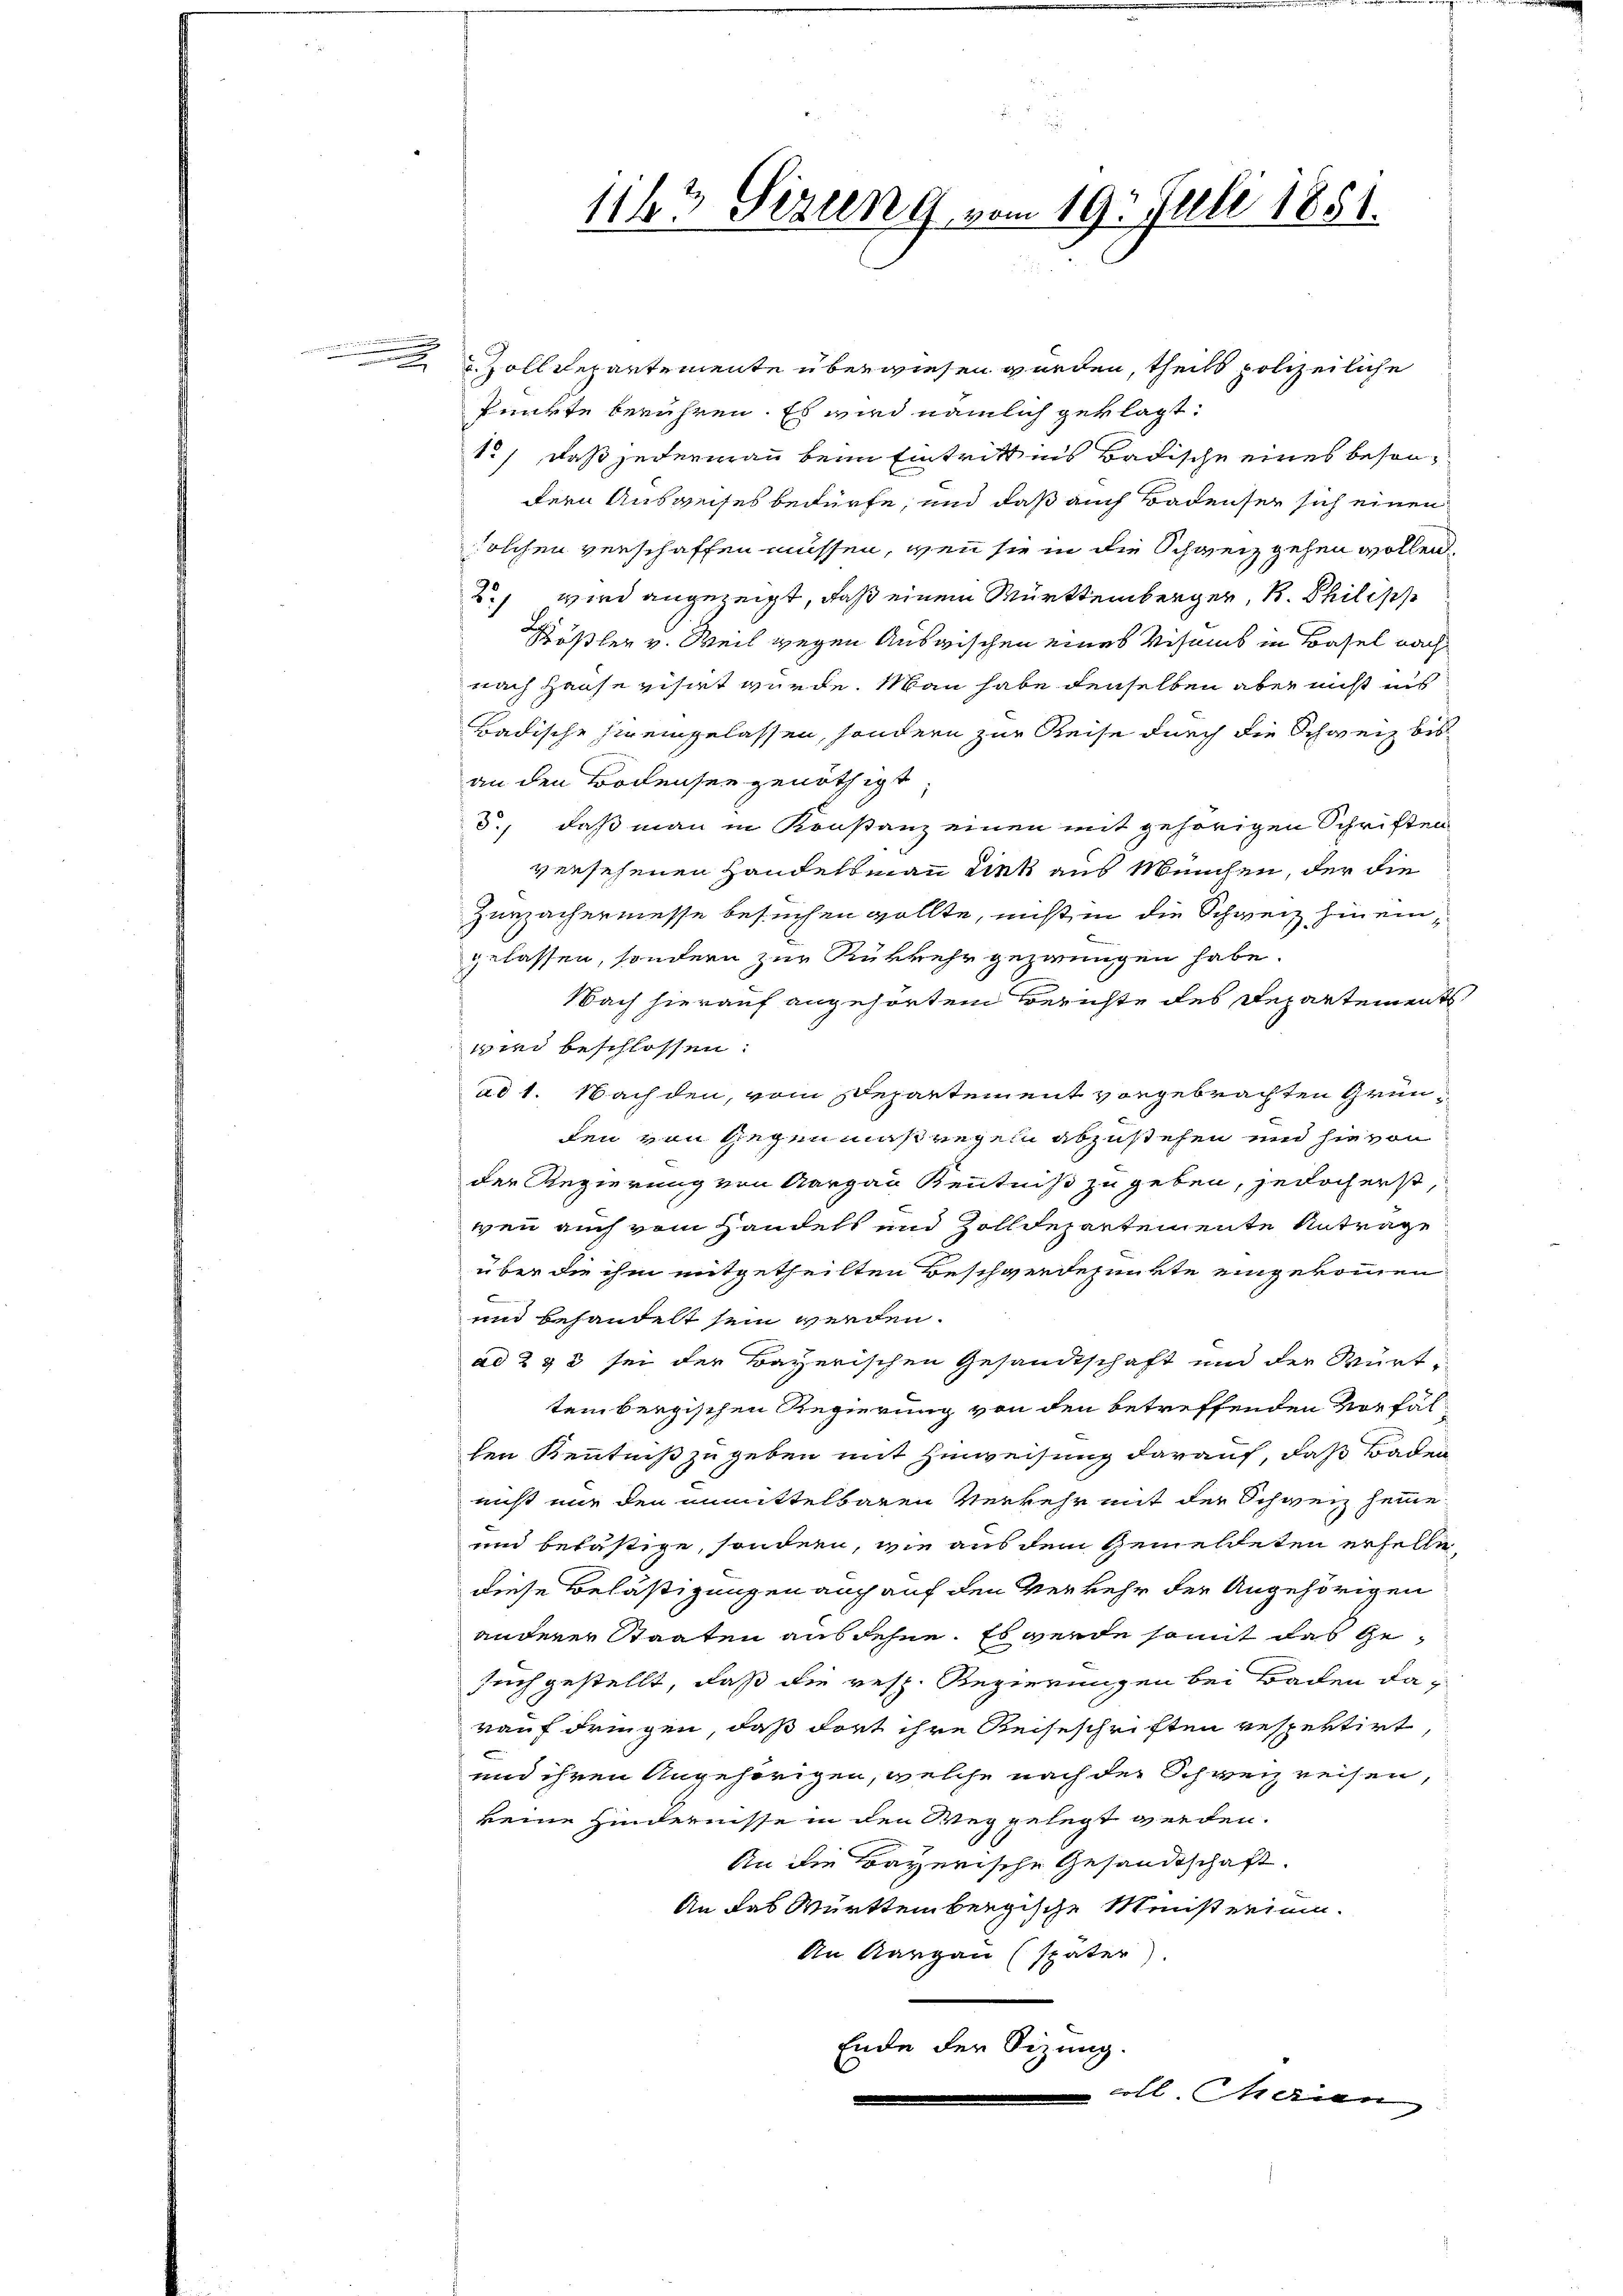
n

Zolldepartemente überwiesen werden, theils polizeiliche
Punkte berühren. Es wird nämlich geklagt.
15) daß jedermann beim Eintritt ins Badische eines besondern Ausweises bedürfe, und daß auch Badenser sich einen
solchen verschaffen müssen, wenn sie in die Schweiz gehen wollen
.) wird angezeigt, daß einem Württemberger, R. Philipp
Kößler v. Weil gegen Auswischen eines Visamt in Basel nach
nach Hause visirt wurde. Man habe denselben aber nicht uns
Badische hineingelassen, sondern zur Reise durch die Schweiz bis
an den Bodensee genöthigt,
d., daß man in Konstanz einen mit gehörigen Schriften
versehenen Handelsmann dek aus Meuchen, der die
Zurzachermesse besuchen wollte, nicht in die Schweiz hineingelassen, sondern zur Rükkehr gezwungen habe.
Nach hierauf angehörtem Berichte des Departements
wird beschlossen:
ad 1. Nachden, vom Departement vorgebrachten Gründen von Gegenmaßregeln abzustehen und hievon
der Regierung von Aargau Kenntniß zu geben, jedoch erst,
wenn auch vom Handels und Zolldepartemente Antrage
über die ihm mitgetheilten Beschwerdepunkte eingekommen
und behandelt sein werden.
ad 293 sei der Bayerischen Gesandtschaft und der Württem bergischen Regierung von den betreffenden Vorfällen Kenntniß zu geben mit Zuweisung darauf, daß Baden
nicht nur den unmittelbaren Verkehr mit der Schweiz seine
und belästige, sondern, wie aus dem Gemeldeten erhelle
diese Belästigungen auch auf den Verkehr der Angehörigen
anderer Staaten ausdehne. Es werde somit das Ge¬
Tuch gestellt, daß die resp. Regierungen bei Baden das
rauf dringen, daß dort ihre Reiseschriften respektirt,
und ihren Angehörigen, welche nach der Schweiz reisen,
keine Hindernisse in den Weg gelegt werden.
An die Bayerische Gesandtschaft.
An das Württembergische Meisterium.
An Aargau (später).
Ende der Sizung.
coll. Marien

1163 Sizung vom 19. Juli 1851.